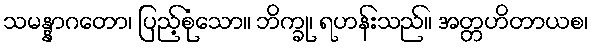
သမန္နာဂတော၊ ပြည့်စုံသော။ ဘိက္ခု၊ ရဟန်းသည်။ အတ္တဟိတာယစ၊